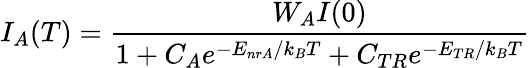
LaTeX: I_{A}(T)=\frac{W_{A}I(0)}{1+C_{A}e^{-E_{nrA}/k_{B}T}+C_{TR}e^{-E_{TR}/k_{B}T}}